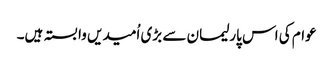
عوام کی اس پارلیمان سے بڑی اُمیدیں وابستہ ہیں۔